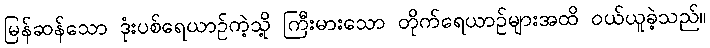
မြန်ဆန်သော ဒုံးပစ်ရေယာဉ်ကဲ့သို့ ကြီးမားသော တိုက်ရေယာဉ်များအထိ ဝယ်ယူခဲ့သည်။